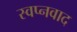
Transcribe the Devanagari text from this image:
स्वप्नवाद